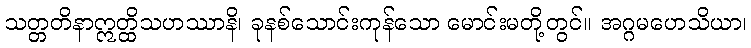
သတ္တတိနာဣတ္ထိသဟဿာနိ၊ ခုနစ်သောင်းကုန်သော မောင်းမတို့တွင်။ အဂ္ဂမဟေသိယာ၊